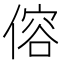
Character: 傛